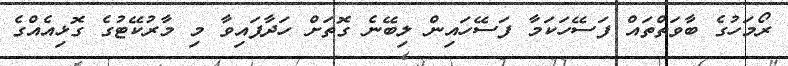
ރޯމަހުގެ ބާވަތްތައް ފަސޭހަކަމާ ފަސޭހައިން ލިބޭނެ ގޮތަށް ހަދާފައިވާ މި މާރުކޭޓުގެ ގޮޅިއެއްގެ